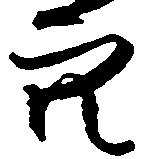
穴